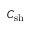
C _ { \mathrm { s h } }